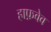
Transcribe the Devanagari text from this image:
हाफ़वेव